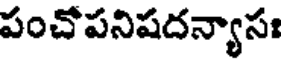
పంచోపనిషదన్యాసః